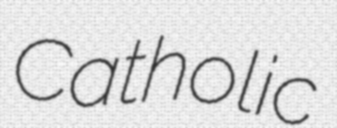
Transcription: Catholic